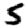
Digit: 5